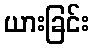
ယားခြင်း